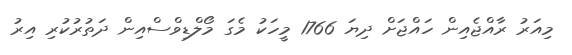
މިއަރު ރާއްޖެއިން ހައްޖަށް ދިޔަ 1766 މީހަކު މެގަ މޯލްޑިވްސްއިން ދަތުރުކުރި އިރު